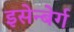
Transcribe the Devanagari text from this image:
इसेन्बेर्ग